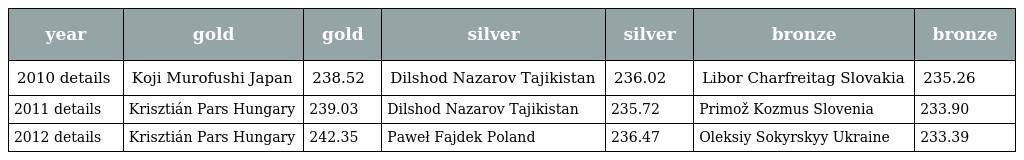
| year | gold | gold | silver | silver | bronze | bronze |
 | --- | --- | --- | --- | --- | --- | --- |
 | 2010 details | Koji Murofushi Japan | 238.52 | Dilshod Nazarov Tajikistan | 236.02 | Libor Charfreitag Slovakia | 235.26 |
 | 2011 details | Krisztián Pars Hungary | 239.03 | Dilshod Nazarov Tajikistan | 235.72 | Primož Kozmus Slovenia | 233.90 |
 | 2012 details | Krisztián Pars Hungary | 242.35 | Paweł Fajdek Poland | 236.47 | Oleksiy Sokyrskyy Ukraine | 233.39 |